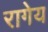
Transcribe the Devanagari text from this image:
रागेय